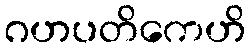
ဂဟပတိကေဟိ